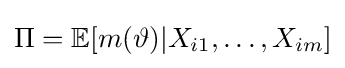
\Pi =\mathbb {E} [m(\vartheta )|X_{i1},\ldots ,X_{im}]